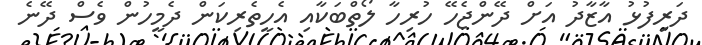
ދަރިފުޅު އާޒާދު އަށް ދޭންޖެހޭ ހުރިހާ ލޯތްބަކާއި އެހީތެރިކަން ދެމީހުން ވެސް ދޭނެ